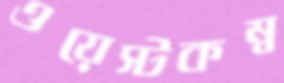
ওয়েস্টকম্ব